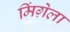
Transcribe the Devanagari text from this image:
मिंग़ेला